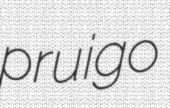
pruigo